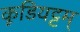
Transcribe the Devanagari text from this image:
कूडियट्टम्